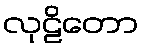
လုဠိတော